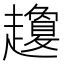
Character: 𧾣